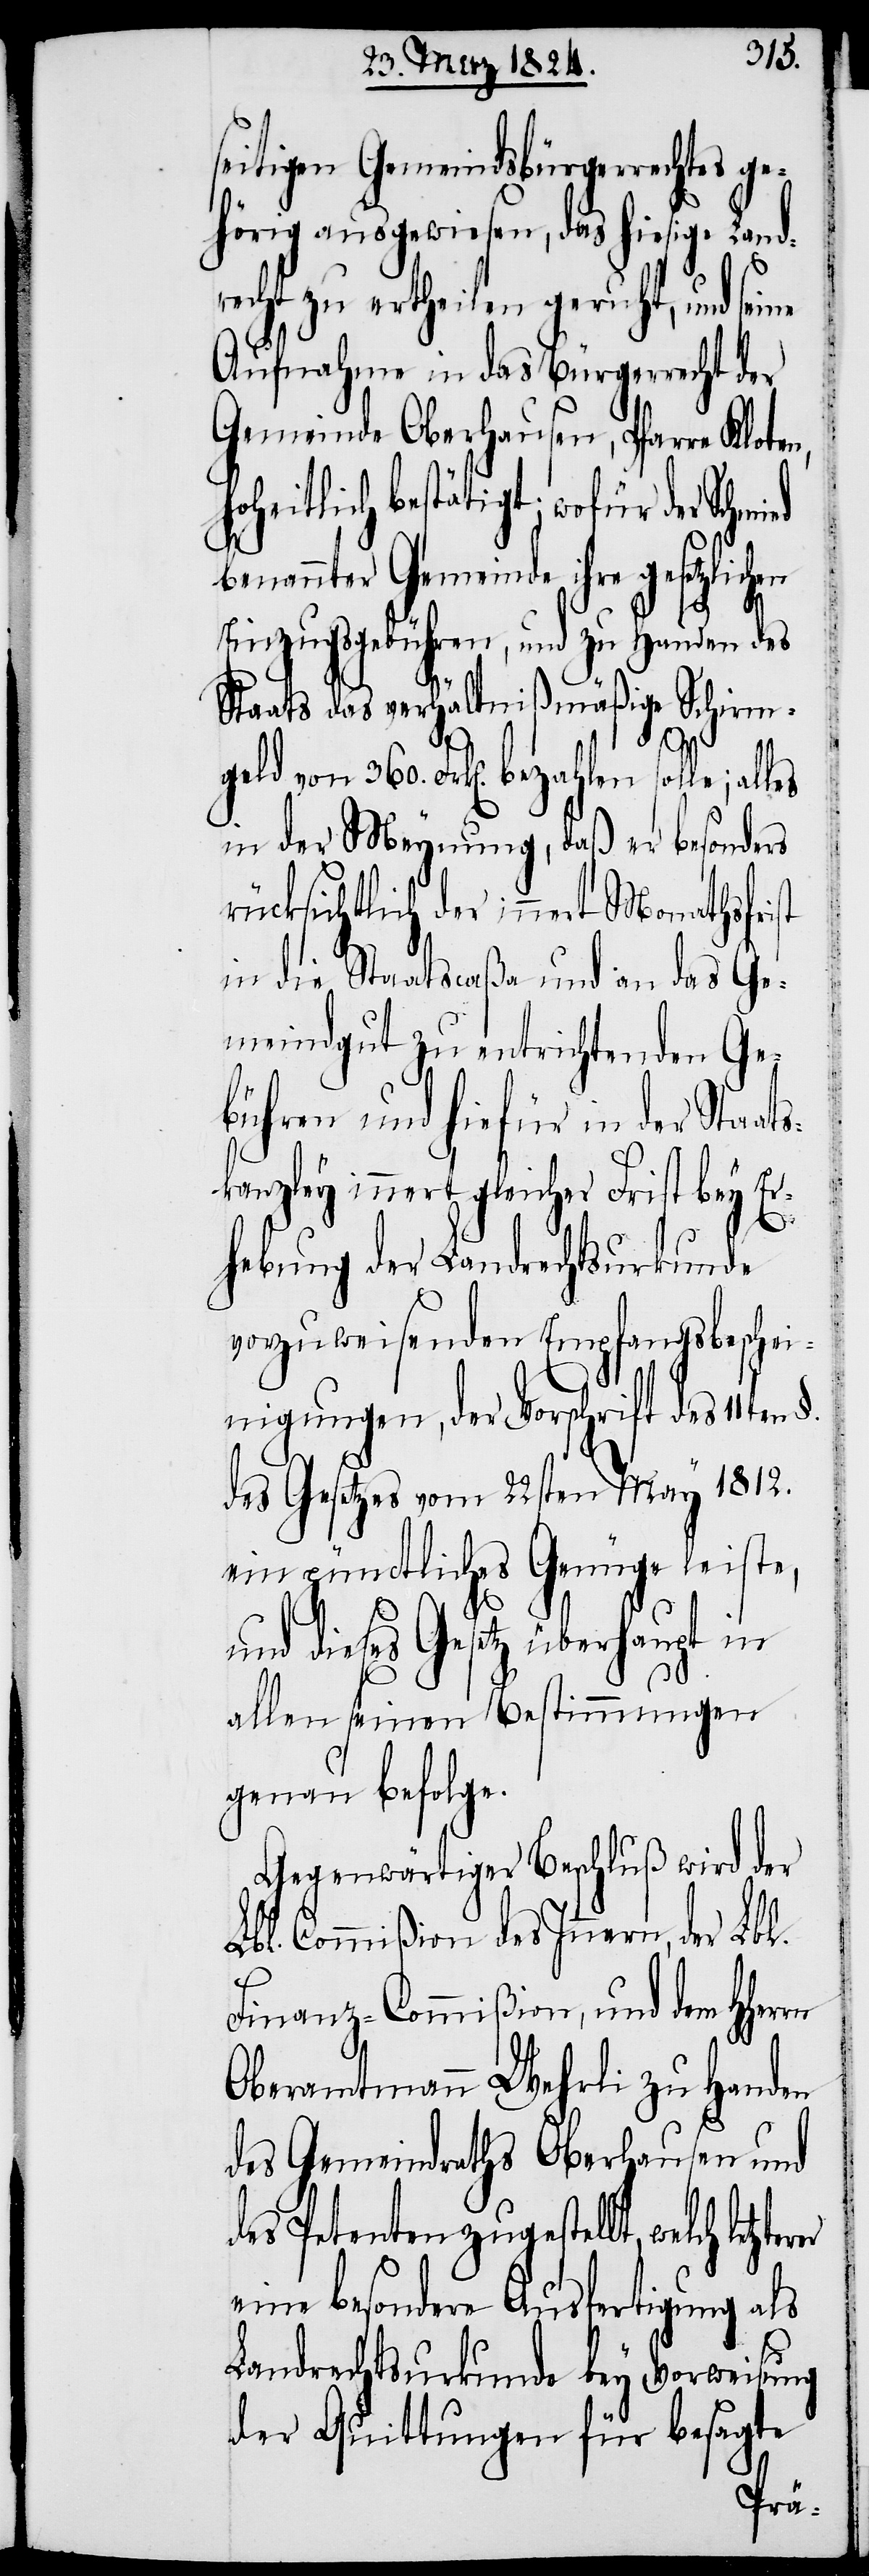
seitigen Gemeindsbürgerrechtes ge¬
hörig ausgewiesen, das hiesige Landr¬
echt zu ertheilen geruht, und
Aufnahme in das Bürgerrecht der
Gemeinde Oberhausen, Pfarre Klote¬
welch letzterer
benannter Gemeinde ihre gesetzlichen
rn
Einzugsgebühren, und zu Handen des
Staats das verhältnißmäßige Schirm¬
geld von 360. Frk[en]. bezahlen solle; alles
in der Meynung, daß er besonders
rücksichtlich der innert Monathsfrist
in die Staatscaßa und an das Ge¬
meindgut zu entrichtenden Ge¬
bühren und hiefür in der Staat¬
skanzley innert gleicher Frist bey Er¬
hebung der Landrechtsurkunde
vorzuweisenden Empfangsbeschei¬
nigungen, der Vorschrift des 11ten
des Gesetzes vom 22sten May 1812.
ein pünctliches Genüge leiste,
und dieses Gesetz überhaupt in
allen seinen Bestimmungen
genau befolge.
Gegenwärtiger Beschluß wird der
Lbl. Commißion des Innern, der Lbl.
Finanz-Commißion, und dem HHer¬
Oberamtmann Wehrli zu Handen
des Gemeindraths Oberhausen und
des Petenten zugestellt,
eine besondere Ausfertigung als
Landrechtsurkunde bey Vorweisung
der Quittungen für besagte
ho¬